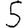
Digit: 5